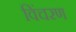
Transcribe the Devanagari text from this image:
विंचरण